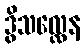
ဒွိသလ္လေန